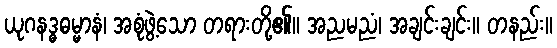
ယုဂနဒ္ဓဓမ္မာနံ၊ အစုံဖွဲ့သော တရားတို့၏။ အညမညံ၊ အချင်းချင်း။ တနည်း။